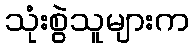
သုံးစွဲသူများက